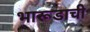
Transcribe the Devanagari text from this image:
भारूडाची